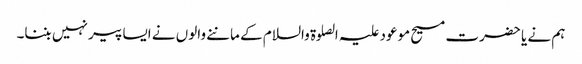
ہم نے یا حضرت مسیح موعود علیہ الصلوۃ والسلام کے ماننے والوں نے ایسا پیر نہیں بننا۔